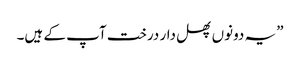
”یہ دونوں پھل دار درخت آپ کے ہیں۔